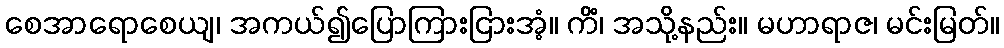
စေအာရောစေယျ၊ အကယ်၍ပြောကြားငြားအံ့။ ကိံ၊ အသို့နည်း။ မဟာရာဇ၊ မင်းမြတ်။